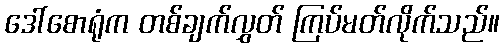
ဒေါ်စောရုံက တစ်ချက်လွှတ် ကြပ်မတ်လိုက်သည်။